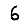
Digit: 6